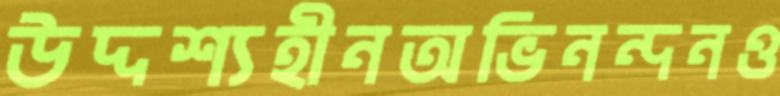
উদ্দশ্যহীনঅভিনন্দনও